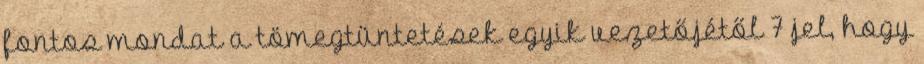
fontos mondat a tömegtüntetések egyik vezetőjétől 7 jel, hogy